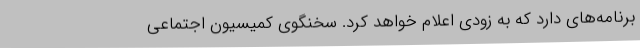
برنامه‌های دارد که به زودی اعلام خواهد کرد. سخنگوی کمیسیون اجتماعی